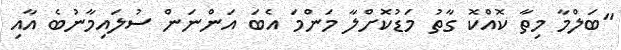
"ބަލްމާ މިތާ ކޮއްކޮ ގާތު މަޑުކޮށްލާ މަންމަ އެބަ އަންނަން ސުލައިމާނުބެ އާއި